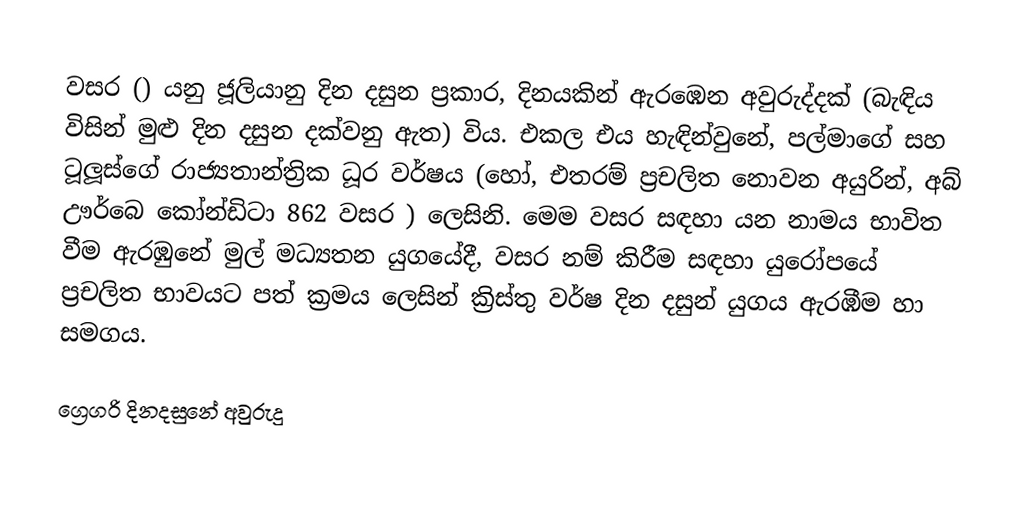

වසර   () යනු  ජූලියානු දින දසුන ප්‍රකාර,    දිනයකින් ඇරඹෙන  අවුරුද්දක්   (බැඳිය විසින් මුළු දින දසුන දක්වනු ඇත)  විය. එකල එය හැඳින්වුනේ, 	පල්මාගේ	 සහ 	ටූලූස්ගේ	  රාජ්‍යතාන්ත්‍රික  ධූර වර්ෂය  (හෝ, එතරම් ප්‍රචලිත නොවන අයුරින්,  අබ් ඌර්බෙ කෝන්ඩිටා 	862	  වසර  ) ලෙසිනි. මෙම වසර සඳහා   යන නාමය භාවිත වීම ඇරඹුනේ මුල් මධ්‍යතන යුගයේදී, වසර නම් කිරීම සඳහා යුරෝපයේ ප්‍රචලිත භාවයට පත් ක්‍රමය ලෙසින් ක්‍රිස්තු වර්ෂ දින දසුන් යුගය ඇරඹීම හා සමගය.

ග්‍රෙගරි දිනදසුනේ අවුරුදු